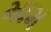
મામ